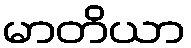
မာတိယာ